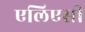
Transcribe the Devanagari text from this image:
एलिएसी